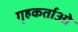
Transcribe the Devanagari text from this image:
गृहकर्ताओ